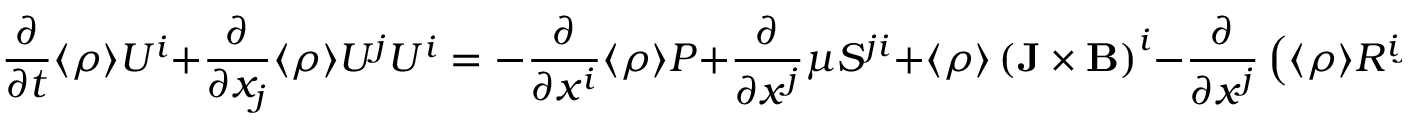
\frac { \partial } { \partial t } \langle { \rho } \rangle U ^ { i } + \frac { \partial } { \partial x _ { j } } \langle { \rho } \rangle U ^ { j } U ^ { i } = - \frac { \partial } { \partial x ^ { i } } \langle { \rho } \rangle P + \frac { \partial } { \partial x ^ { j } } \mu { \cal { S } } ^ { j i } + \langle { \rho } \rangle \left( { { \bf { J } } \times { \bf { B } } } \right) ^ { i } - \frac { \partial } { \partial x ^ { j } } \left( { \langle { \rho } \rangle { \cal { R } } ^ { i j } } \right) ,